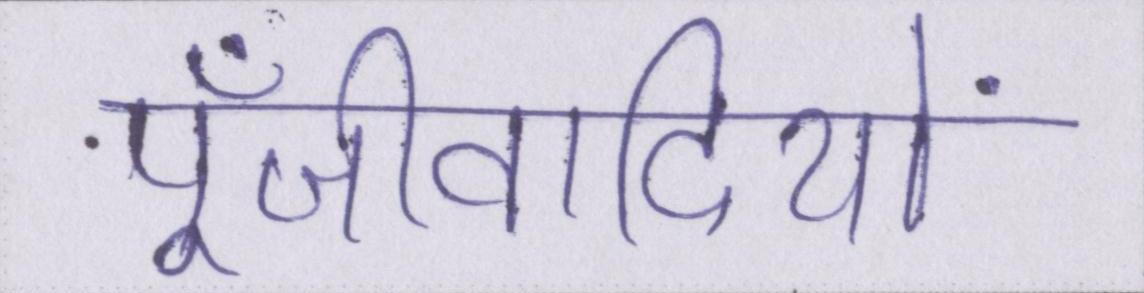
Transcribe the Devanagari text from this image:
पूँजीवादियों